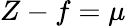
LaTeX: Z-f=\mu